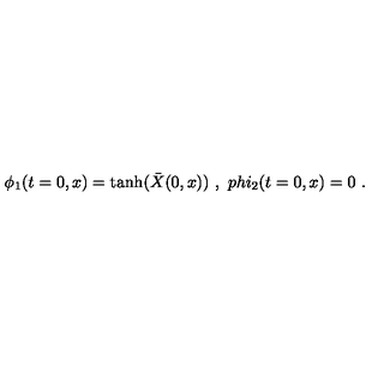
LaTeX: \phi _ { 1 } ( t = 0 , x ) = \tanh ( { \bar { X } } ( 0 , x ) ) \ , \ p h i _ { 2 } ( t = 0 , x ) = 0 \ .